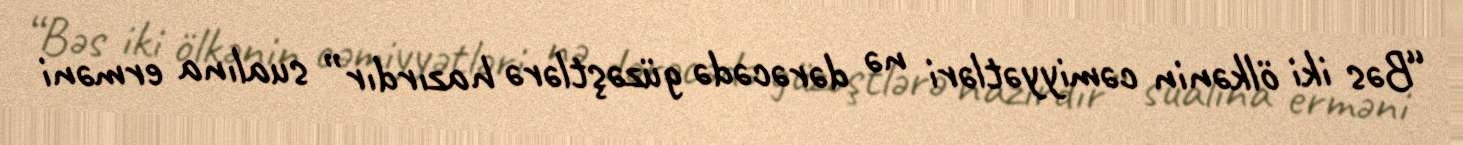
“Bəs iki ölkənin cəmiyyətləri nə dərəcədə güzəştlərə hazırdır” sualına erməni